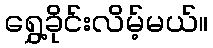
ရွှေ့ခိုင်းလိမ့်မယ်။